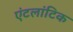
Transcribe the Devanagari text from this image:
एंटलांटिक